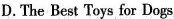
D.The Best Toys for Dogs